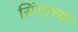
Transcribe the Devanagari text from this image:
सिंगांच्या